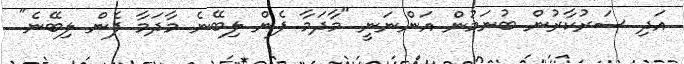
އަދި ސަރުކާރުން ބުނަމުން އަންނަނީ "މާދަމާ ފެން ލިބޭނެ މާދަމާ ފެން ލިބޭނެ"